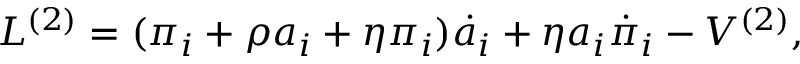
L ^ { ( 2 ) } = ( \pi _ { i } + \rho a _ { i } + \eta \pi _ { i } ) \dot { a } _ { i } + \eta a _ { i } \dot { \pi } _ { i } - V ^ { ( 2 ) } ,